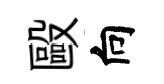
毆向